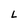
Character: L